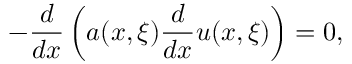
- \frac { d } { d x } \left( a ( x , \xi ) \frac { d } { d x } u ( x , \xi ) \right) = 0 ,